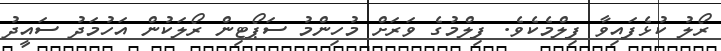
ރޯލު ކުޅެފައިވާ ފިލްމެކެވެ. ފިލްމުގެ ވަރަށް މުހިންމު ސަޕޯޓިން ރޯލަކުން އަހުމަދު ސައީދު